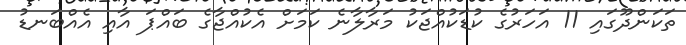
ތަކަންދޫގައި 11 އަހަރުގެ ކުޑަކުއްޖަކު މަރާލާނެ ކަމަށް އެކުއްޖާގެ ބައްޕަ އާއި އެއްބަނޑު